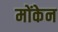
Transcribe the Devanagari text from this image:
मोंकेन